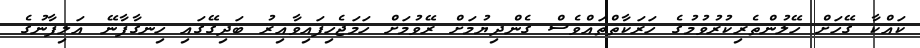
ކައްކާ ގޭހަށް ހޭލުންތެރިކުރުވުމުގެ ހަރަކާތްތައްވެސް ގެންދިޔުމަށް ރޭވުމަށް ހަމަޖެހިފައިވާއިރު ބަދިގޭގައި ހިނގާފާނޭ އަލިފާނުގެ